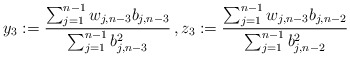
\begin{align*}y_3:=\frac{\sum_{j=1}^{n-1} w_{j,n-3}b_{j,n-3}}{\sum_{j=1}^{n-1} b_{j,n-3}^2}\,, z_3:=\frac{\sum_{j=1}^{n-1} w_{j,n-3}b_{j,n-2}}{\sum_{j=1}^{n-1} b_{j,n-2}^2}\end{align*}